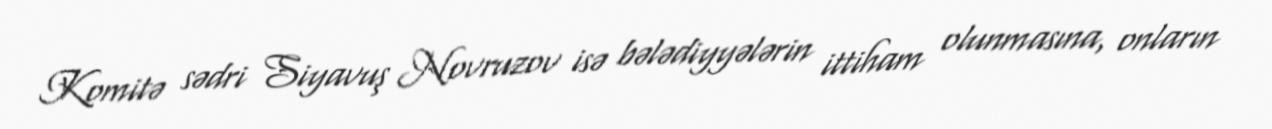
Komitə sədri Siyavuş Novruzov isə bələdiyyələrin ittiham olunmasına, onların